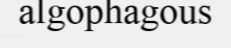
algophagous